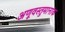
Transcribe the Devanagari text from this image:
अणूवस्तुमानांक